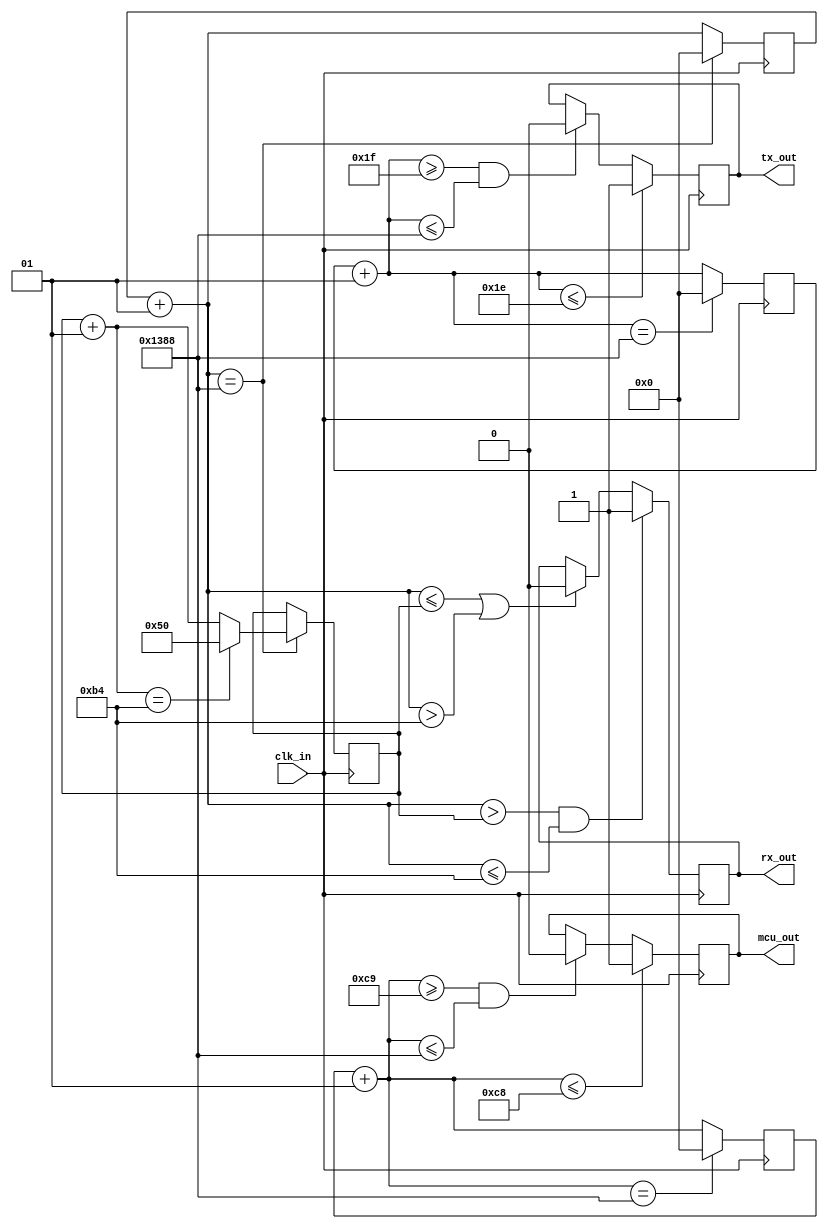
// Time domain Radar Synchronizer
`timescale 1ns / 1ps

module m(
clk_in, // 500 MHz, 2ns period => to get 100KHz PRT
rx_out, // PW = 200ns,198ns,...,2ns -> 100 pts in single Ascan
tx_out, // PW = 60ns
mcu_out // PW = 400ns
);
input clk_in; // 500MHz => clk period 2 ns

integer div=5000; // 100KHz out

//---mcu-------
output reg mcu_out;
integer cnt_mcu=0;
integer mcu_high=200; // 1 => 2ns, 2 => 4ns,...


////---TX------
output reg tx_out;
integer cnt_tx=0;
integer tx_high=30; // 1 => 2ns, 2 => 4ns,...

//---RX------
output reg rx_out;
integer cnt_rx=0;

integer temp=80;//var*2ns = 160ns --> STARTING OFFSET
integer temp_2=180;//var*2ns = 160ns + 200ns = 360ns --> ENDING OFFSET

//180-80 = 100 points in single Ascan



//---mcu_out---
always@(posedge clk_in) begin
    cnt_mcu=cnt_mcu+1;
    
    if(cnt_mcu<= mcu_high) begin   
            mcu_out=1;
    end
    else if(cnt_mcu>= (mcu_high+1) && cnt_mcu<=div) begin
        mcu_out=0;
    end
    
    if(cnt_mcu==div) begin
        cnt_mcu=0;
    end
end


////---TX PULSE---
always@(posedge clk_in) begin
    cnt_tx=cnt_tx+1;
    
    if(cnt_tx<= tx_high) begin   
            tx_out=1;
    end
    else if(cnt_tx>= (tx_high+1) && cnt_tx<=div) begin
        tx_out=0;
    end
    
    if(cnt_tx==div) begin
        cnt_tx=0;
    end
end

//--RX PULSE---
always@(posedge clk_in) begin
    cnt_rx=cnt_rx+1;
    
    if(cnt_rx<=temp || cnt_rx>temp_2) begin rx_out=0;   end
    if(cnt_rx>temp && cnt_rx<=temp_2) begin rx_out=1;   end
    
    if(cnt_rx==div) begin
       cnt_rx=0; temp=temp+1; // increment starting offset by 2ns
        if(temp==temp_2) temp=80; // reset to starting offset
    end
end

endmodule